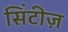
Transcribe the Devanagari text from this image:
सिंटीज़